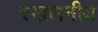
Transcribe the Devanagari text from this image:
स्खलनीय